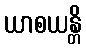
ယာစယန္တိ